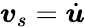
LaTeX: \boldsymbol{v}_{s}=\dot{\boldsymbol{u}}